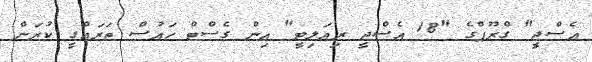
އެސްޖީ" ގްރޫޕްގެ "18 އެސްޖީ ރިއަލިޓީ" އިން ގެސްޓް ހައުސް ތަރައްގީ ކުރަން